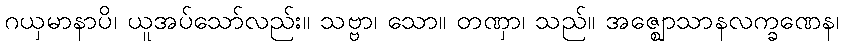
ဂယှမာနာပိ၊ ယူအပ်သော်လည်း။ သဗ္ဗာ၊ သော။ တဏှာ၊ သည်။ အဇ္ဈောသာနလက္ခဏေန၊